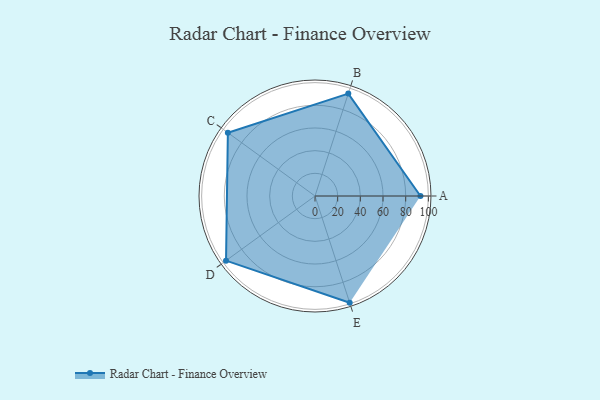
{"axis": {"x": "Skill", "y": "Score"}, "legend": ["Profile"], "data": [{"x": "A", "y": 93.0, "type": "Profile"}, {"x": "B", "y": 95.0, "type": "Profile"}, {"x": "C", "y": 95.0, "type": "Profile"}, {"x": "D", "y": 97.0, "type": "Profile"}, {"x": "E", "y": 99, "type": "Profile"}]}